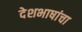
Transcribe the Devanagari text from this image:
देशभाषांचा